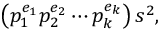
\left( p _ { 1 } ^ { e _ { 1 } } p _ { 2 } ^ { e _ { 2 } } \cdots p _ { k } ^ { e _ { k } } \right) s ^ { 2 } ,